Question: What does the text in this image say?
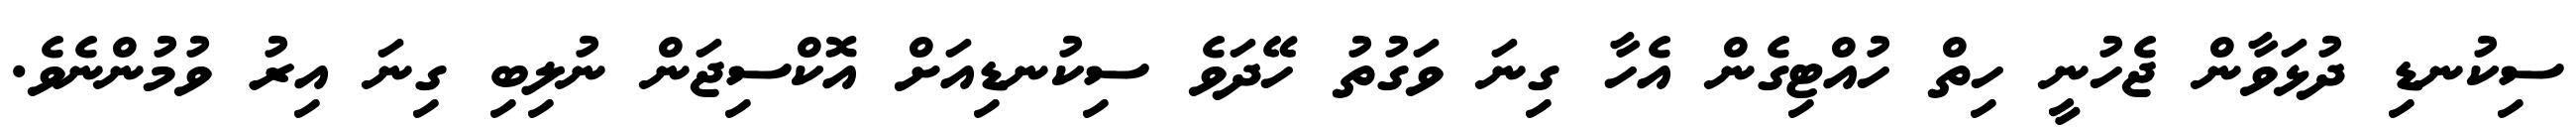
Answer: ސިކުނޑި ދުޅަވާން ޖެހުނީ ހިތް ހުއްޓިގެން އެހާ ގިނަ ވަގުތު ހޭދަވެ ސިކުނޑިއަށް އޮކްސިޖަން ނުލިބި ގިނަ އިރު ވުމުންނެވެ.